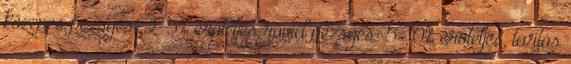
közepes pezsgés: 2-5% erőteljes rövid pezsgés: 5-10% erőteljes, tartós